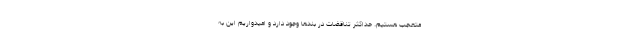
متعجب هستیم. حداکثر تناقضات در بندها وجود دارد و امیدواریم این به